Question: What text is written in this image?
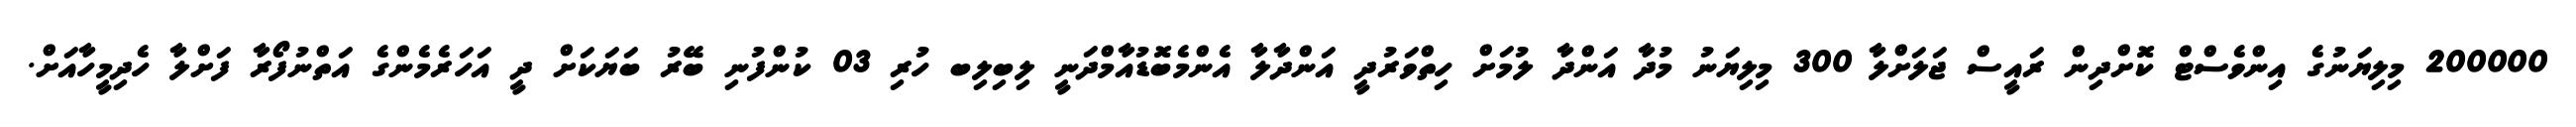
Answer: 200000 މިލިޔަނުގެ އިންވެސްޓް ކޮށްދިން ރައީސް ޖަލަށްލާ 300 މިލިޔަނު މުދާ އަންދާ ލުމަށް ހިތްވަރުދީ އަންދާލާ އެންމެބޮޑުއާމްދަނީ ލިބިލިބ ހުރި 03 ކުންފުނި ބޭރު ބަޔަކަށް ދީ އަހަރެމެންގެ އަތްނުފޯރާ ފަށްލާ ހެދިމީހާއަށް.